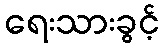
ရေးသားခွင့်